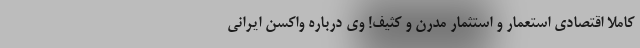
کاملاً اقتصادی استعمار و استثمار مدرن و کثیف! وی درباره واکسن ایرانی